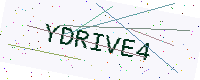
Text: YDRIVE4